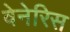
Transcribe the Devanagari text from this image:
वेनेरिस